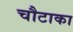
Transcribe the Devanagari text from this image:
चौटाका